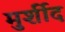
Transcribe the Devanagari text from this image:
मुर्शीद